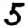
Digit: 5